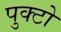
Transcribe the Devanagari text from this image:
पुक्टो